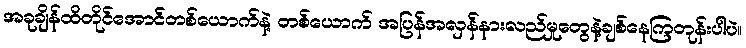
အခုချိန်ထိတိုင်အောင်တစ်ယောက်နဲ့ တစ်ယောက် အပြန်အလှန်နားလည်မှုတွေနဲ့ချစ်နေကြတုန်းပါပဲ။